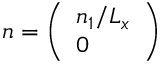
\boldsymbol { n } = \left( \begin{array} { l } { n _ { 1 } / L _ { x } } \\ { 0 } \end{array} \right)